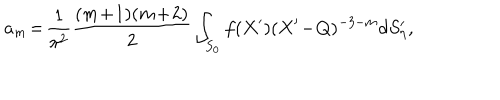
LaTeX: a _ { m } \! = \! \frac { 1 } { \pi ^ { 2 } } \frac { ( m \! + \! 1 ) ( m \! + \! 2 ) } { 2 } \int _ { S _ { 0 } } f ( X ^ { \prime } ) ( X ^ { \prime } \! - \! Q ) ^ { - 3 - m } d S _ { \eta } ^ { \prime } ,